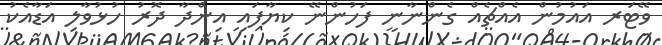
ވޭޓަރ އައުމުން އެއްޗެއް ގެންނާނީ ފަހުންނޭ ކިޔާފައި އިންދާ ދޮރު ހުޅުވާލި އަޑާއެކު